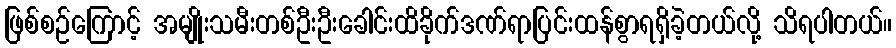
ဖြစ်စဉ်ကြောင့် အမျိုးသမီးတစ်ဦးဦးခေါင်းထိခိုက်ဒဏ်ရာပြင်းထန်စွာရရှိခဲ့တယ်လို့ သိရပါတယ်။